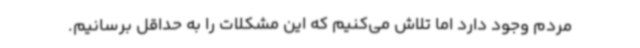
مردم وجود دارد اما تلاش می‌کنیم که این مشکلات را به حداقل برسانیم.